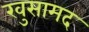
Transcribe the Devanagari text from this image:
खुसामद